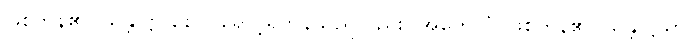
ဖြစ်ကုန်၏။ သန္တုဋ္ဌာ စေဝ၊ ရောင့်ရဲကုန်သည်လည်း။ အဟေသုံ၊ ဖြစ်ကုန်၏။ သန္တုဋ္ဌိယာ၊